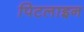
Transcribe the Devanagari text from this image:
पिटलाइन